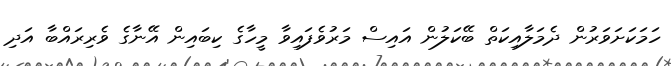
ހަމަކަށަވަރުން ދެމަލާއިކަތް ބޭކަލުން އައިސް މަރުވެފައިވާ މީހާގެ ކިބައިން އޭނާގެ ވެރިރައްބާ އަދި